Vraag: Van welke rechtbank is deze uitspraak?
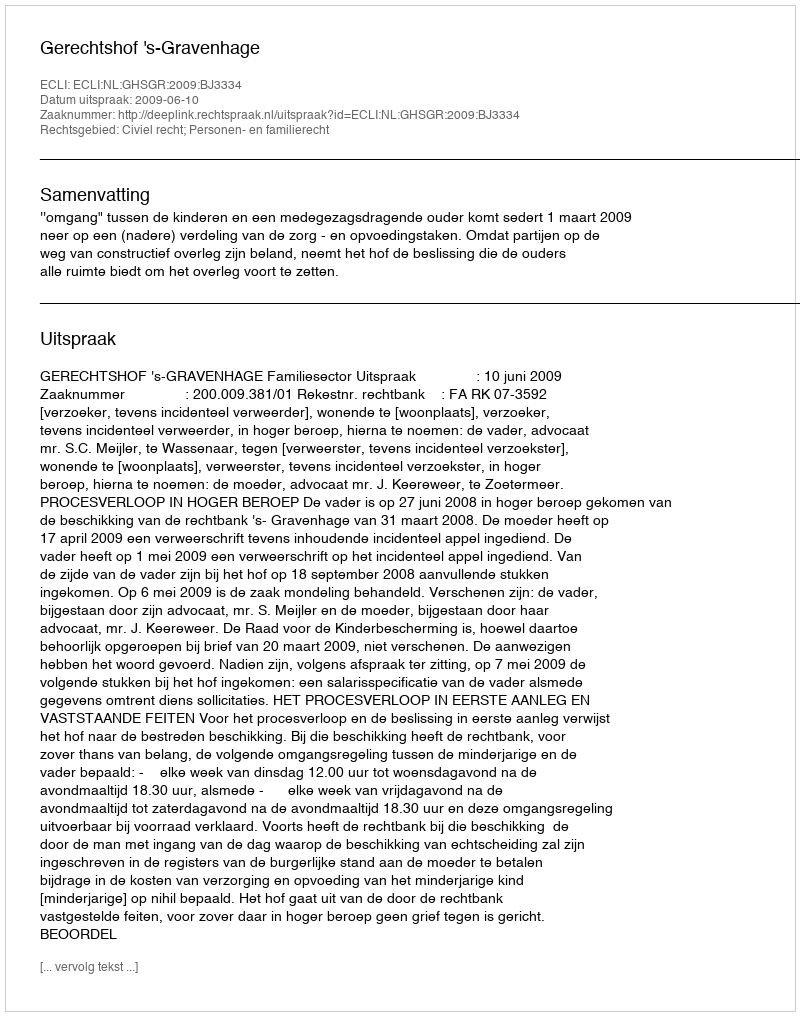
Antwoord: Gerechtshof 's-Gravenhage